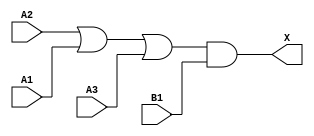
module sky130_fd_sc_lp__o31a (
    X ,
    A1,
    A2,
    A3,
    B1
);

    // Module ports
    output X ;
    input  A1;
    input  A2;
    input  A3;
    input  B1;

    // Local signals
    wire or0_out   ;
    wire and0_out_X;

    //  Name  Output      Other arguments
    or  or0  (or0_out   , A2, A1, A3     );
    and and0 (and0_out_X, or0_out, B1    );
    buf buf0 (X         , and0_out_X     );

endmodule